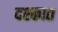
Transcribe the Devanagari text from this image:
दश्कात